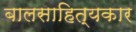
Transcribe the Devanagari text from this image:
बालसाहित्‍यकार